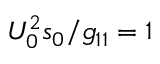
U _ { 0 } ^ { 2 } s _ { 0 } / g _ { 1 1 } = 1